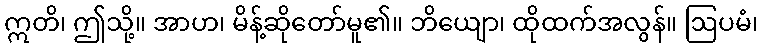
ဣတိ၊ ဤသို့။ အာဟ၊ မိန့်ဆိုတော်မူ၏။ ဘိယျော၊ ထိုထက်အလွန်။ ဩပမံ၊